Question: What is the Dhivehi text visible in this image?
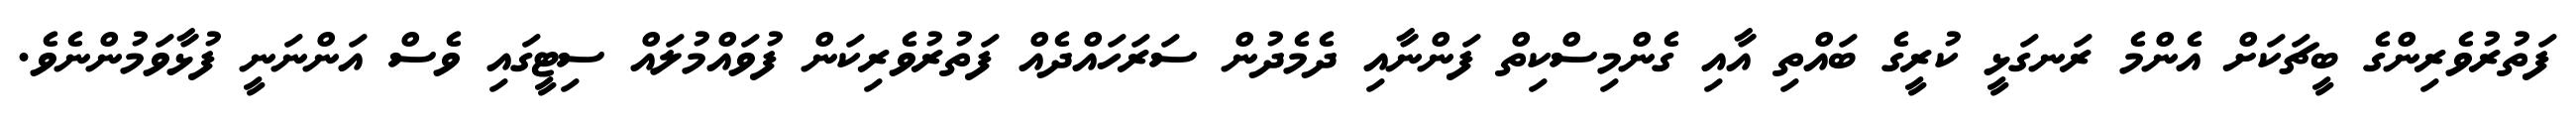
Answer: ފަތުރުވެރިންގެ ބީޗަކަށް އެންމެ ރަނގަޅީ ކުރީގެ ބައްތި އާއި ގެންމިސްކިތް ފަންނާއި ދެމެދުން ސަރަހައްދެއް ފަތުރުވެރިކަން ފުވައްމުލައް ސިޓީގައި ވެސް އަންނަނީ ފުޅާވަމުންނެވެ.